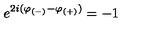
e ^ { 2 i ( \varphi _ { ( - ) } - \varphi _ { ( + ) } ) } = - 1